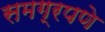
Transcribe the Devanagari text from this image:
समग्रपणे